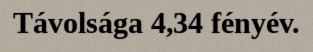
Távolsága 4,34 fényév.